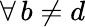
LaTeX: \forall\, b\neq d